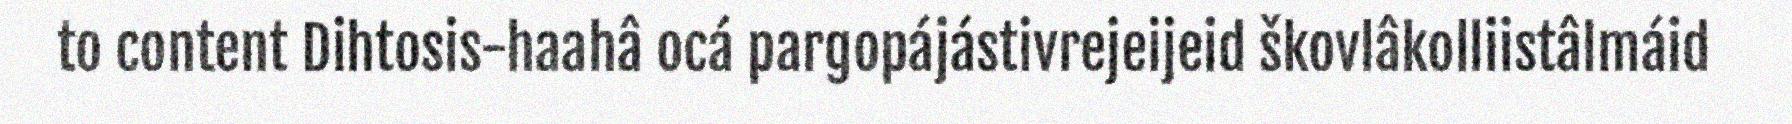
to content Dihtosis-haahâ ocá pargopájástivrejeijeid škovlâkolliistâlmáid